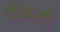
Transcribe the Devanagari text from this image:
रॉकली